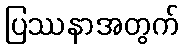
ပြဿနာအတွက်